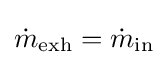
{\dot {m}}_{\mathrm {exh} }={\dot {m}}_{\mathrm {in} }